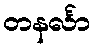
တနင်္လာ